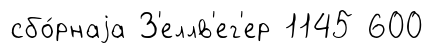
сбо́рнаjа З'еллв'ег'ер 1145 600